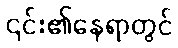
၎င်း၏နေရာတွင်